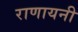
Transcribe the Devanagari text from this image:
राणायनी